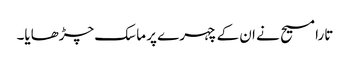
تارا مسیح نے ان کے چہرے پر ماسک چڑھایا۔